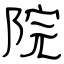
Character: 院